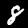
Label: 8